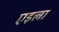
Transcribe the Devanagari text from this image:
एइला